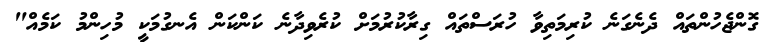
ގޮންޖެހުންތައް ދެނެގަނެ ކުރިމަތިވާ ހުރަސްތައް ގިރާކުރުމަށް ކުރެވިދާނެ ކަންކަން އެނގުމަކީ މުހިންމު ކަމެއް"